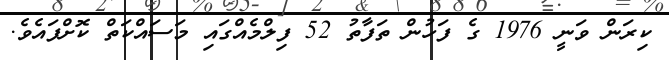
ކިރަން ވަނީ 1976 ގެ ފަހުން ތަފާތު 52 ފިލްމެއްގައި މަސައްކަތް ކޮށްފައެވެ.